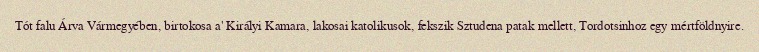
Tót falu Árva Vármegyében, birtokosa a' Királyi Kamara, lakosai katolikusok, fekszik Sztudena patak mellett, Tordotsinhoz egy mértföldnyire.